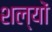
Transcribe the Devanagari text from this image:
शल्यों